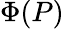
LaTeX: \Phi(P)